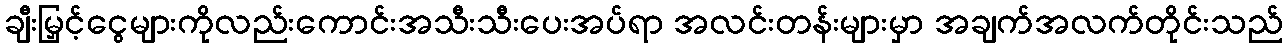
ချီးမြှင့်ငွေများကိုလည်းကောင်းအသီးသီးပေးအပ်ရာ အလင်းတန်းများမှာ အချက်အလက်တိုင်းသည်